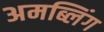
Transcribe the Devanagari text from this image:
अमब्लिंग